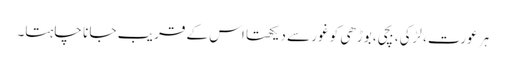
ہر عورت، لڑکی، بچی، بوڑھی کو غور سے دیکھتا اس کے قر یب جا نا چاہتا۔